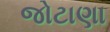
જોટાણા